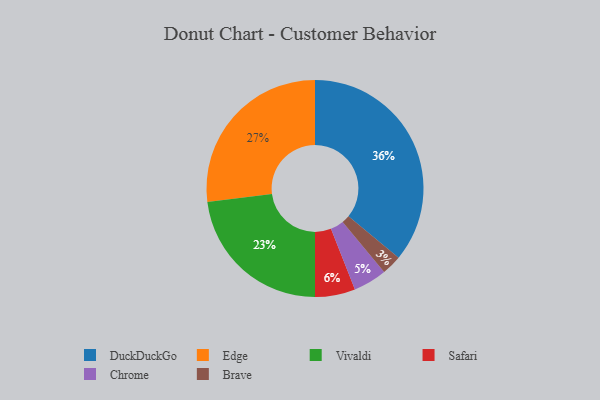
{"axis": {"x": "Category", "y": "Percentage"}, "legend": ["Brave", "Chrome", "DuckDuckGo", "Edge", "Safari", "Vivaldi"], "data": [{"x": "Safari", "y": 6, "type": "Safari"}, {"x": "Brave", "y": 3, "type": "Brave"}, {"x": "Vivaldi", "y": 23, "type": "Vivaldi"}, {"x": "Chrome", "y": 5, "type": "Chrome"}, {"x": "Edge", "y": 27, "type": "Edge"}, {"x": "DuckDuckGo", "y": 36, "type": "DuckDuckGo"}]}